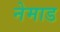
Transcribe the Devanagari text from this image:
नेमाड